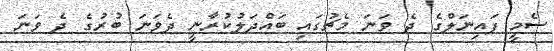
ސެމީ ފައިނަލްގެ ދެ ވަނަ މެޗުގައި ބައްދަލުކުރާނީ ދެވަނަ ބުރުގެ ދެ ވަނަ